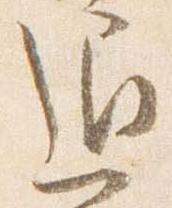
通